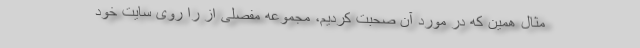
مثال همین که در مورد آن صحبت کردیم، مجموعه مفصلی از را روی سایت خود